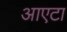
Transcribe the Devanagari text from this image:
आएटा